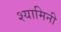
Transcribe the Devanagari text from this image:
श्यामिनी